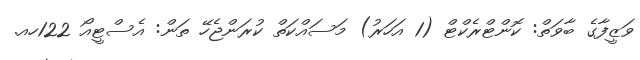
ވަޒީފާގެ ބާވަތް: ކޮންޓްރެކްޓް (1 އަހަރު) މަސައްކަތް ކުރަންޖެހޭ ތަން: އެސްޓީއޯ 122ހއ.